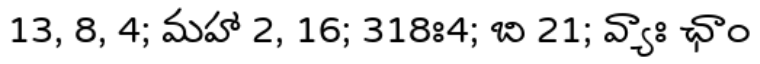
13, 8, 4; మహా 2, 16; 318ః4; బి 21; వ్యాః ఛాం